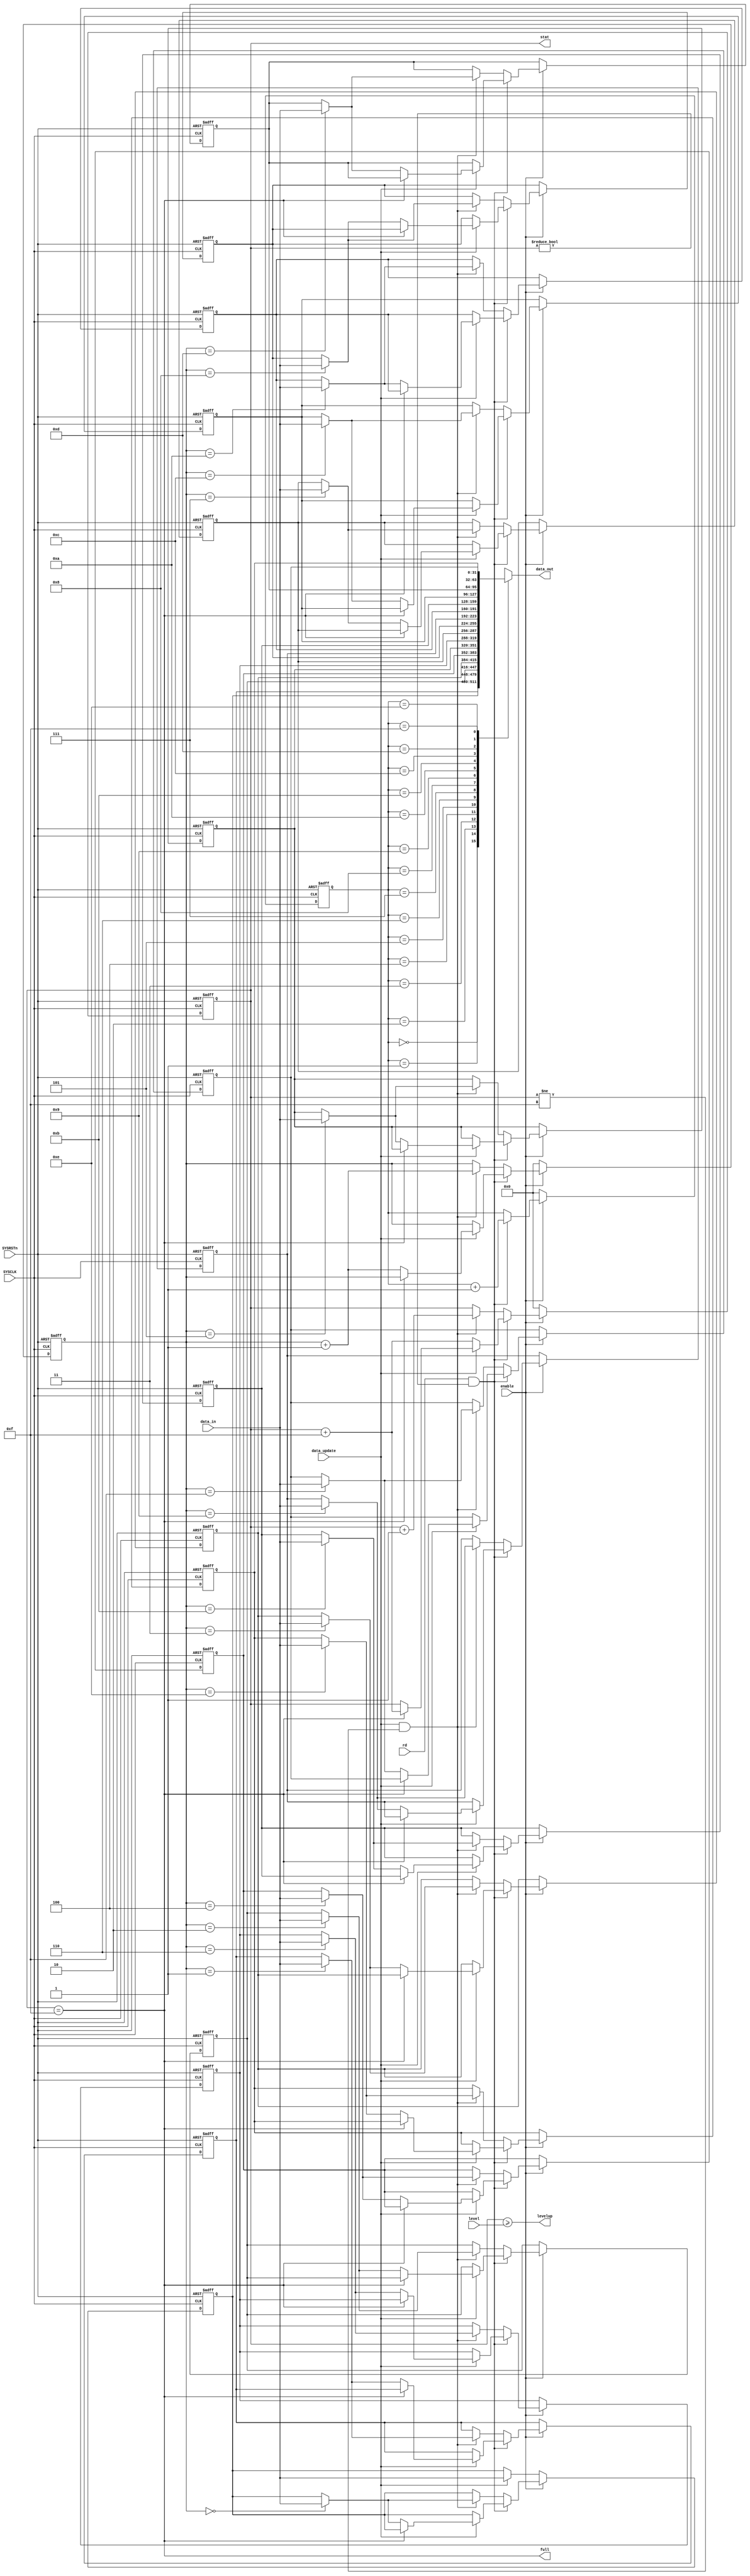
/*
 * * * * * * * * * * * * * * * * * * * * * * * * * * * * * * * * * * * * * * * * * * * * * * * * *
 *
 *  @file: fifo.v
 *
 *  @brief: "first in, first out" buffer unit
 *
 *  @author: Shatilov Sergej
 *
 *  @date: 14.02.2018
 *
 * * * * * * * * * * * * * * * * * * * * * * * * * * * * * * * * * * * * * * * * * * * * * * * * *
*/

module FIFO
(
  input  wire        SYSRSTn,       // system reset
  input  wire        SYSCLK,        // system clock

  input  wire        enable,        // fifo enable
  input  wire [3:0]  level,         // interrupt level
  input  wire        rd,            // signal read FDATA register

  input  wire [31:0] data_in,       // data input
  input  wire        data_update,   // signal update  data

  output wire [3:0]  stat,          // status level
  output wire        levelup,       // signal level up
  output wire        full,          // signal full

  output wire [31:0] data_out       // data output
);

  integer i;

  reg [3:0]  wr_ptr;
  reg [3:0]  rd_ptr;
  reg [3:0]  cpt;

  reg [31:0] data [15:0];

  always @ (negedge SYSRSTn or posedge SYSCLK)  //FIXME:
    if(!SYSRSTn)
      begin
        wr_ptr <= 4'b0000;
        rd_ptr <= 4'b0000;
        cpt    <= 4'b0000;
        for(i = 0; i < 16; i = i + 1)
          data[i] = 32'h0000_0000;
      end
    else
      begin
        if(!enable)
          begin
            wr_ptr <= 4'b0000;
            rd_ptr <= 4'b0000;
            cpt    <= 4'b0000;
            if(data_update)
              data[0] <= data_in;
          end
        else if(rd && (cpt != 4'b0000))
          begin
            rd_ptr <= rd_ptr + 4'b0001;
            if(!data_update)
              cpt <= cpt + 4'b1111;
            else
              begin
                if(cpt == 4'b1111)
                  cpt <= cpt + 4'b1111;
                else
                  begin
                    data[wr_ptr] <= data_in;
                    wr_ptr <= wr_ptr + 4'b0001;
                  end
              end
          end
        else if(data_update && (cpt != 4'b1111))
          begin
            data[wr_ptr] <= data_in;
            wr_ptr <= wr_ptr + 4'b0001;
            cpt    <= cpt + 4'b0001;
          end
      end

  assign data_out = data[rd_ptr];
  assign stat     = cpt;
  assign levelup  = (cpt >= level);
  assign full     = (cpt == 4'b1111);

endmodule